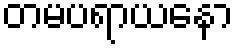
တမပရာယနော